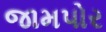
જામપોર